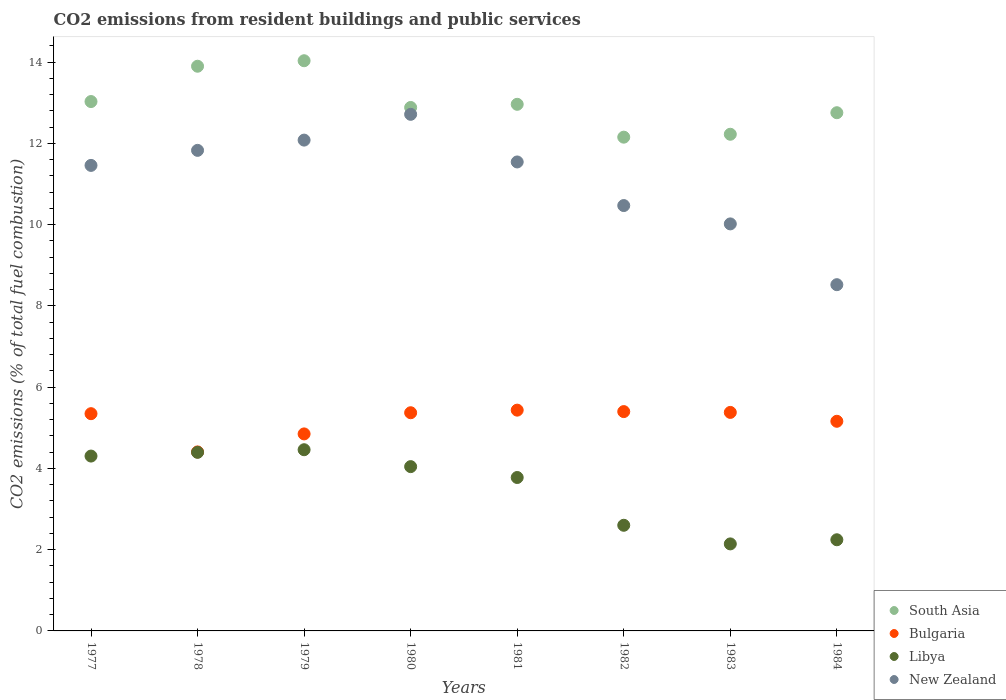
| Years | South Asia | Bulgaria | Libya | New Zealand |
 | --- | --- | --- | --- | --- |
 | 1977 | 13 | 5.35 | 4.3 | 11.5 |
 | 1978 | 13.9 | 4.4 | 4.39 | 11.8 |
 | 1979 | 14 | 4.85 | 4.46 | 12.1 |
 | 1980 | 12.9 | 5.37 | 4.04 | 12.7 |
 | 1981 | 13 | 5.43 | 3.78 | 11.5 |
 | 1982 | 12.2 | 5.4 | 2.6 | 10.5 |
 | 1983 | 12.2 | 5.38 | 2.14 | 10 |
 | 1984 | 12.8 | 5.16 | 2.24 | 8.52 |